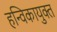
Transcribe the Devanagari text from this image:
हन्विकायुक्त